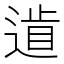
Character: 𨕐